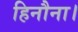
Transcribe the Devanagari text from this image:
हिनौना।